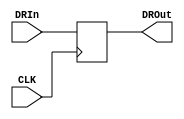
`timescale 1ns / 1ps

module DR(
    input CLK,              // ??????
    input [31:0] DRIn,      // ????????
    output reg [31:0] DROut     // ???????
    );
    always@(negedge CLK) begin
        DROut <= DRIn;
    end

endmodule